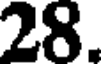
28.